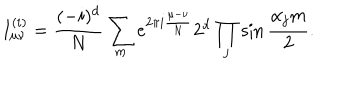
LaTeX: I _ { \mu \nu } ^ { ( i ) } = { \frac { ( - i ) ^ { d } } { N } } \sum _ { m } { e ^ { 2 \pi i { \frac { \mu - \nu } { N } } } 2 ^ { d } \prod _ { j } \sin { \frac { \alpha _ { j } m } { 2 } } } .